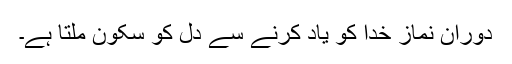
دورانِ نماز خدا کو یاد کرنے سے دل کو سکون ملتا ہے۔